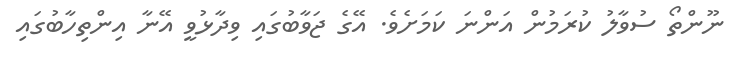
ނޫންތޯ ސުވާލު ކުރަމުން އަންނަ ކަމަށެވެ. އޭގެ ޖަވާބުގައި ވިދާޅުވީ އޭނާ އިންތިހާބުގައި